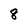
Character: 8